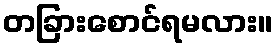
တခြားစောင်ရမလား။